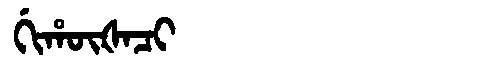
Manchu: ᡤᡳᡥᡡᡧᠠᠴᡳ
Romanization: GIHŪŠACI